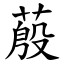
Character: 蒑